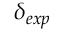
\delta _ { e x p }